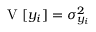
\mathrm { ~ V ~ } [ y _ { i } ] = \sigma _ { y _ { i } } ^ { 2 }